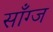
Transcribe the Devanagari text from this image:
साँग्ज